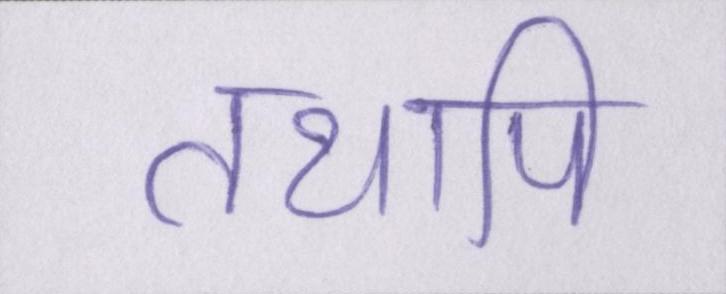
तथापि